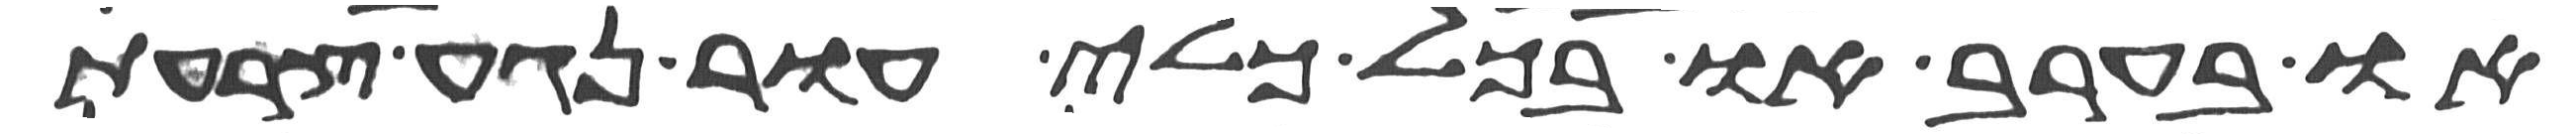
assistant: או בערב או בכל כלי עור נגע צרעת